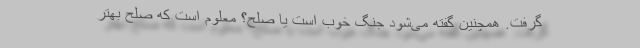
گرفت. همچنین گفته می‌شود جنگ خوب است یا صلح؟ معلوم است که صلح بهتر